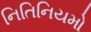
નિતિનિયમો